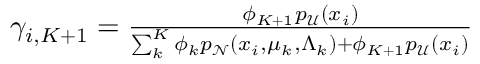
\begin{array} { r } { \gamma _ { i , K + 1 } = \frac { \phi _ { K + 1 } p _ { \mathcal { U } } ( x _ { i } ) } { \sum _ { k } ^ { K } \phi _ { k } p _ { \mathcal N } ( x _ { i } , \mu _ { k } , \Lambda _ { k } ) + \phi _ { K + 1 } p _ { \mathcal { U } } ( x _ { i } ) } } \end{array}